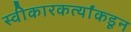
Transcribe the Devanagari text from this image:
स्वीकारकर्त्यांकडून